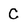
Character: C